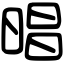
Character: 晿